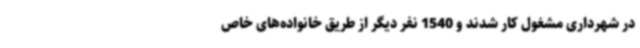
در شهرداری مشغول کار شدند و 1540 نفر دیگر از طریق خانواده‌های خاص